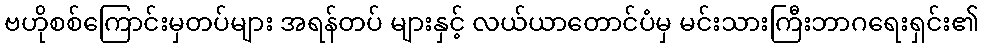
ဗဟိုစစ်ကြောင်းမှတပ်များ အရန်တပ် များနှင့် လယ်ယာတောင်ပံမှ မင်းသားကြီးဘာဂရေးရှင်း၏